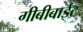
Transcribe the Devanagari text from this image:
गीबीबाईट